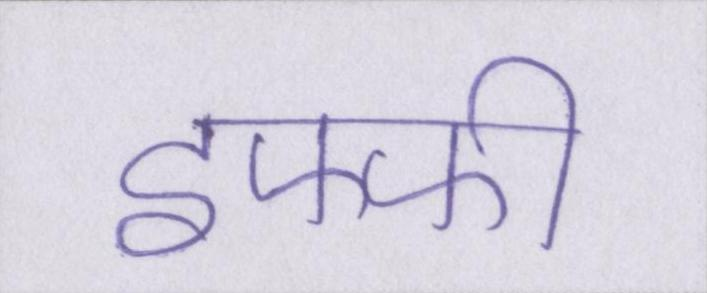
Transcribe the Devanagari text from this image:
इफ्फी